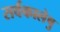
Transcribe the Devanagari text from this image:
सर्वकालेषु